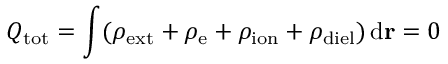
Q _ { \mathrm { t o t } } = \int ( \rho _ { \mathrm { e x t } } + \rho _ { \mathrm { e } } + \rho _ { \mathrm { i o n } } + \rho _ { \mathrm { d i e l } } ) \, \mathrm { d } \mathbf { r } = 0